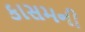
કાસમની